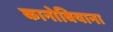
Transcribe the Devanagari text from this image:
कानोबियाना